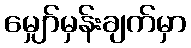
မျှော်မှန်းချက်မှာ